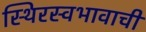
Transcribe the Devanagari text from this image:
स्थिरस्वभावाची